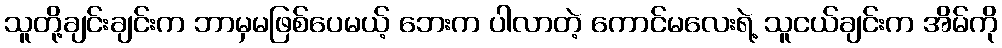
သူတို့ချင်းချင်းက ဘာမှမဖြစ်ပေမယ့် ဘေးက ပါလာတဲ့ ကောင်မလေးရဲ့ သူငယ်ချင်းက အိမ်ကို